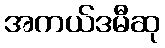
အကယ်ဒမီဆု